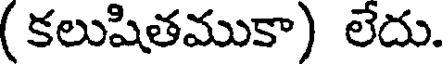
(కలుషితముకా) లేదు.